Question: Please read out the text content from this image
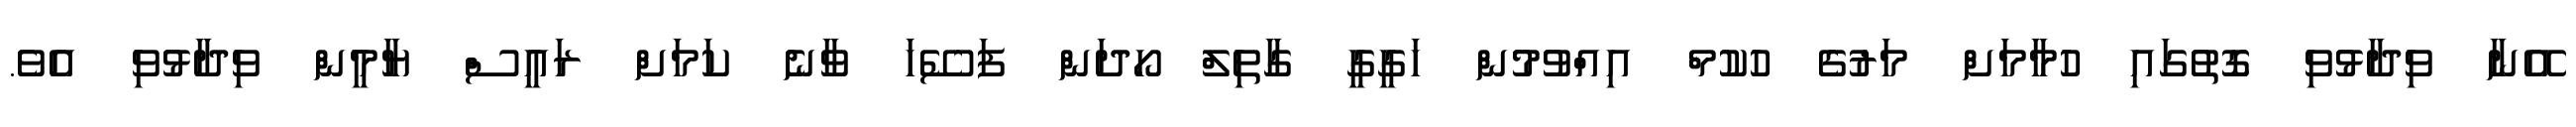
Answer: އޭނާ ވިދާޅުވި ގޮތުގައި ހުމާމަށް މަރުގެ ހުކުމް އިއްވުމުން ހަގީގީ ގާތިލް ހޯދަން ފަސޭހަ ވާނެ ކަމަށް ރައީސް ޔާމީން ވިދާޅުވި އެވެ.